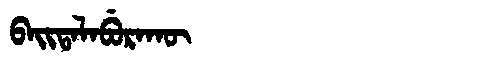
Manchu: ᠪᠠᡳᡨᠠᠯᠠᠪᡠᡵᠠᡴᡡ
Romanization: BAITALABURAKŪ